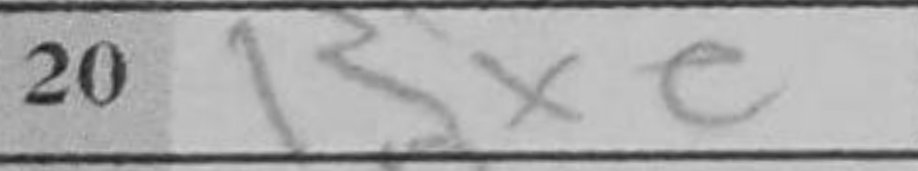
Transcription: Bxe